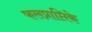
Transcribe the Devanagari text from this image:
फलप्राप्तिके